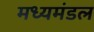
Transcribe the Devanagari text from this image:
मध्यमंडल